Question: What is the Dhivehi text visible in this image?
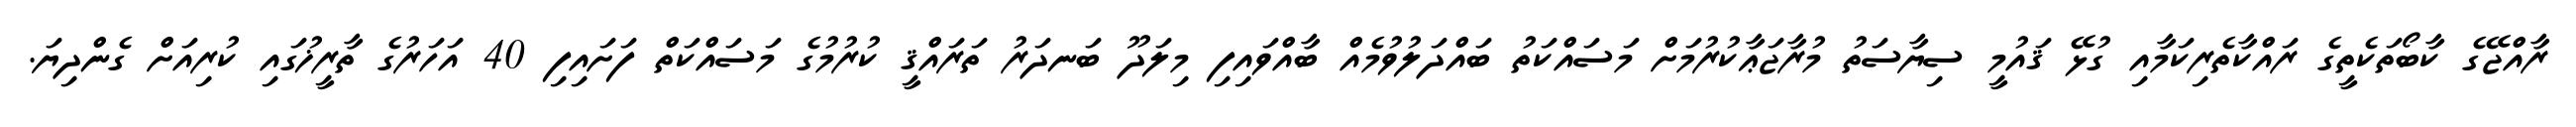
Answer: ރާއްޖޭގެ ކާބޯތަކެތީގެ ރައްކާތެރިކަމާއި ގުޅޭ ޤައުމީ ސިޔާސަތު މުރާޖަޢާކުރުމަށް މަސައްކަތު ބައްދަލުވުމެއް ބާއްވައިފި މިލަދޫ ބަނދަރު ތަރައްޤީ ކުރުމުގެ މަސައްކަތް ފަށައިފި 40 އަހަރުގެ ތާރީޚުގައި ކުރިއަށް ގެންދިޔަ.